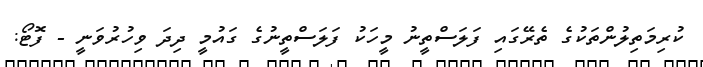
ކުރިމަތިލުންތަކުގެ ތެރޭގައި ފަލަސްތީނު މީހަކު ފަލަސްތީނުގެ ގައުމީ ދިދަ ވިހުރުވަނީ - ފޮޓޯ: